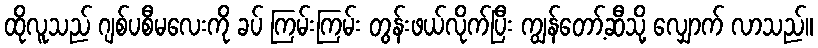
ထိုလူသည် ဂျစ်ပစီမလေးကို ခပ် ကြမ်းကြမ်း တွန်းဖယ်လိုက်ပြီး ကျွန်တော့်ဆီသို့ လျှောက် လာသည်။